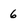
Character: 6